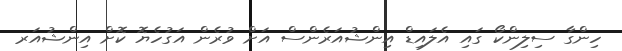
ހިންގާ ސިލިންކޯ ގައި އެލައިޑް އިންޝުއަރެންސް އަށް ވުރެން އަގުހެޔޮ ކޮށް އިންޝުއަރ